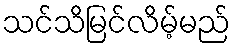
သင်သိမြင်လိမ့်မည်